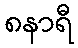
၈နာရီ